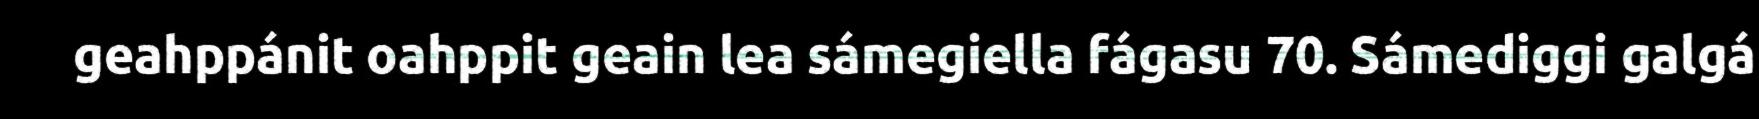
geahppánit oahppit geain lea sámegiella fágasu 70. Sámediggi galgá